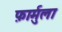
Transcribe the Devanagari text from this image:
फ़ार्मुला